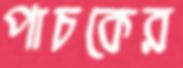
পাচকের